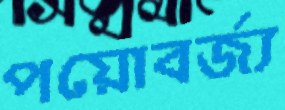
পয়োবর্জ্য